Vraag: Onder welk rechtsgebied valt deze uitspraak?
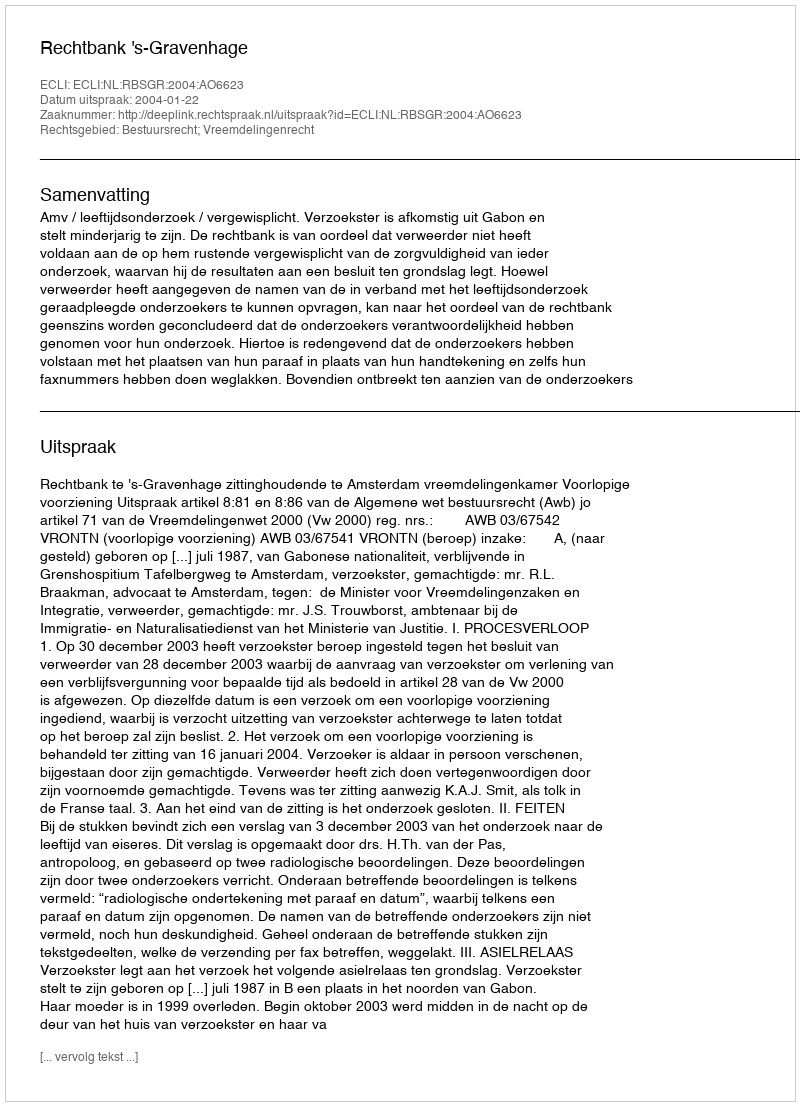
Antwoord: Bestuursrecht; Vreemdelingenrecht